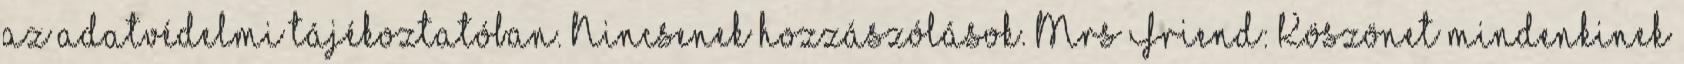
az adatvédelmi tájékoztatóban. Nincsenek hozzászólások. Mrs Friend: Köszönet mindenkinek